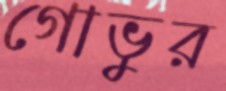
গোভুর